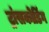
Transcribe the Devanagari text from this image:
ट्रांसकोडिंग